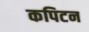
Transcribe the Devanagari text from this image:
कपिटन